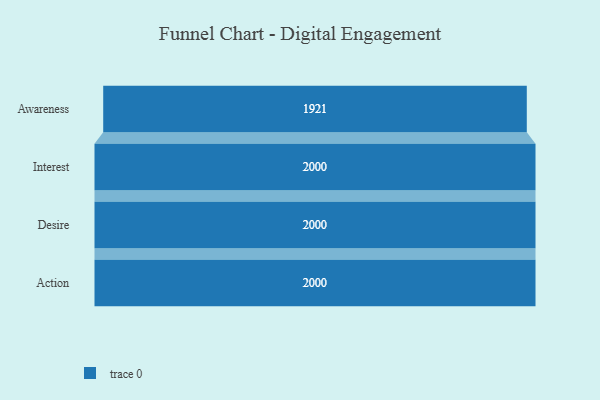
{"axis": {"x": "Stage", "y": "Value"}, "legend": [""], "data": [{"x": "Awareness", "y": 1921.0, "type": ""}, {"x": "Interest", "y": 2000, "type": ""}, {"x": "Desire", "y": 2000, "type": ""}, {"x": "Action", "y": 2000, "type": ""}]}